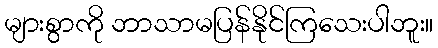
များစွာကို ဘာသာမပြန်နိုင်ကြသေးပါဘူး။